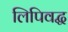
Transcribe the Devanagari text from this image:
लिपिवद्ध